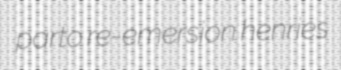
parto re-emersion henries